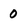
Character: O